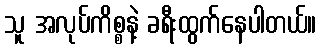
သူ အလုပ်ကိစ္စနဲ့ ခရီးထွက်နေပါတယ်။